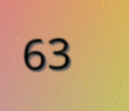
63